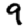
Digit: 9